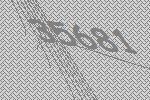
35681